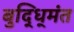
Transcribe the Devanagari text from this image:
बुद्धि्मंत